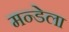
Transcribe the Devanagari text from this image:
मन्डेला